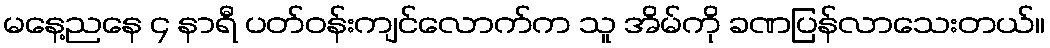
မနေ့ညနေ ၄ နာရီ ပတ်ဝန်းကျင်လောက်က သူ အိမ်ကို ခဏပြန်လာသေးတယ်။